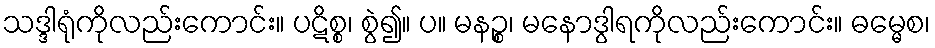
သဒ္ဒါရုံကိုလည်းကောင်း။ ပဋိစ္စ၊ စွဲ၍။ ပ။ မနဉ္စ၊ မနောဒွါရကိုလည်းကောင်း။ ဓမ္မေစ၊